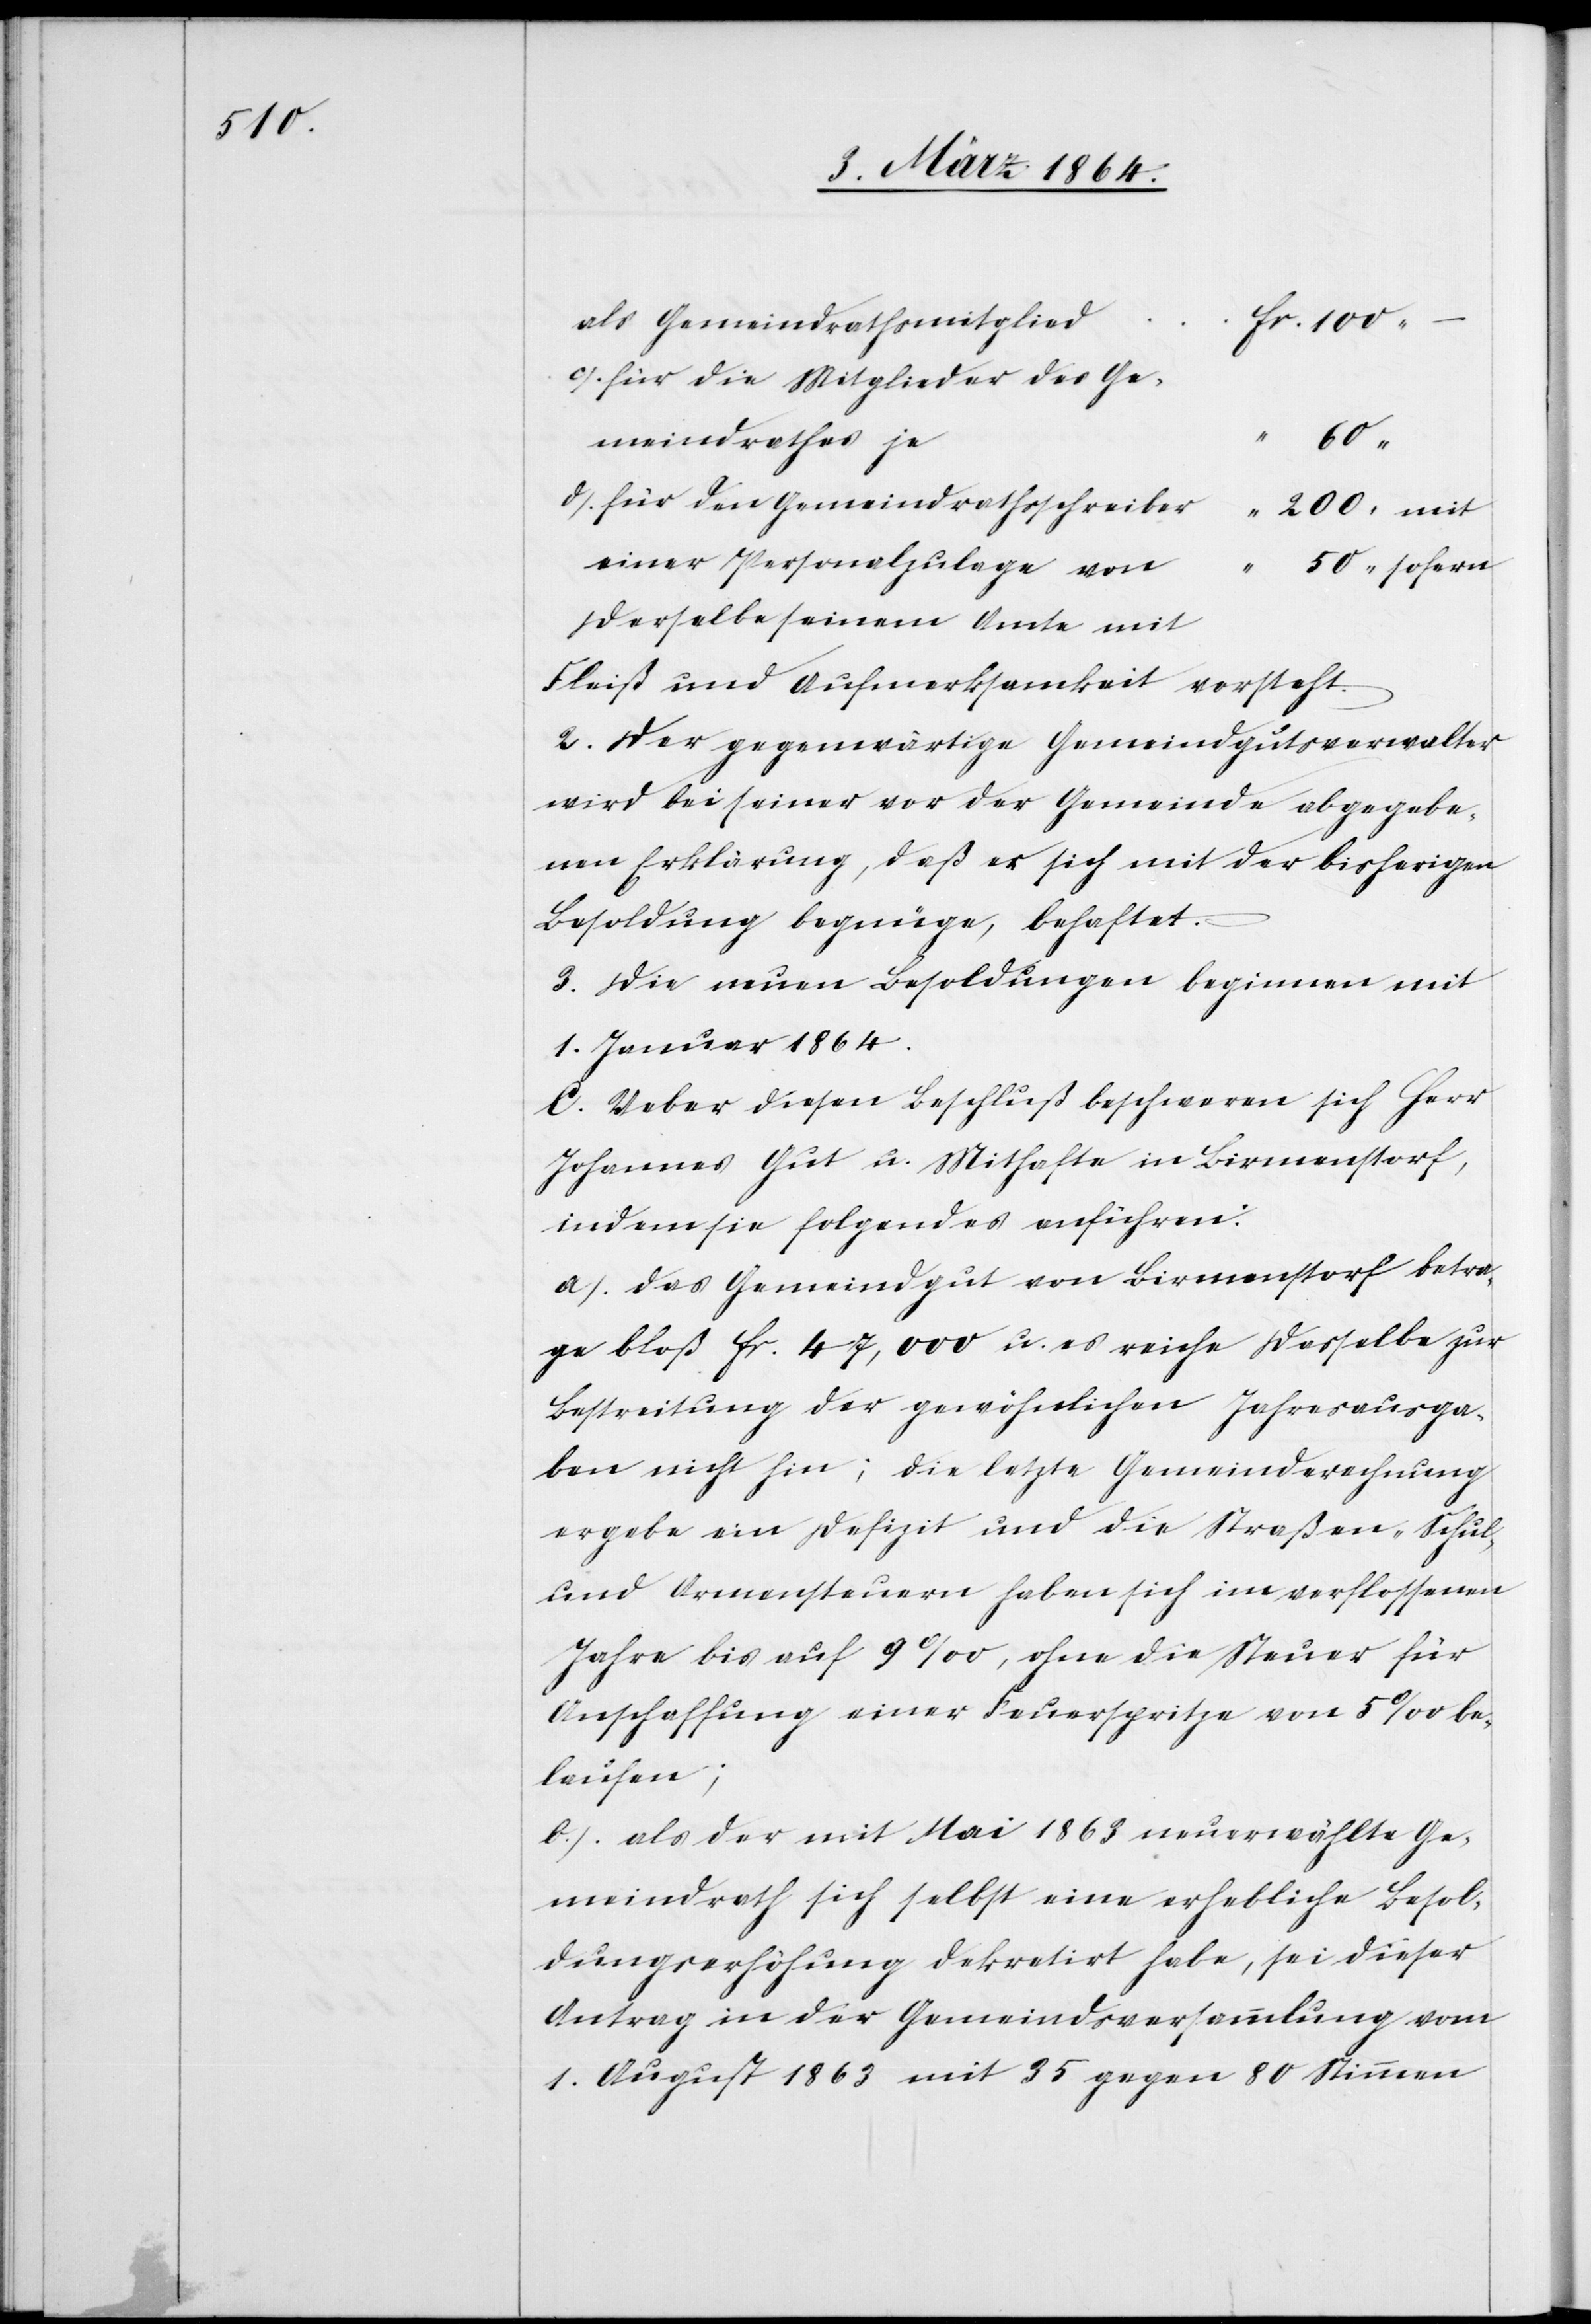
c.) für die Mitglieder des Ge¬
meindrathes
100
d.) für den Gemeindrathsschreiber				 “ 200 mit
einer Personalzulage von
“ 50 sofern
Fleiß und Aufmerksamkeit vorsteht.
2. Der gegenwärtige Gemeindgutsverwalter
wird bei seiner vor der Gemeinde abgegebe¬
nen Erklärung, daß er sich mit der bisherigen
Besoldung begnüge, behaftet.
3. Die neuen Besoldungen beginnen mit
1. Januar 1864.“
C. Ueber diesen Beschluß beschweren sich Herr
Johannes Gut u. Mithafte in Birmenstorf,
indem sie folgendes anführen:
a.) Das Gemeindgut von Birmenstorf betra¬
ge bloß fr. 47,000 u. es reiche dasselbe zur
Bestreitung der gewöhnlichen Jahresausga¬
ben nicht hin; die letzte Gemeinderechnung
ergebe ein Defizit und die Straßen-[,] Schul-
und Armensteuern haben sich im verflossenen
Jahre bis auf 9‰, ohne die Steuer für
Anschaffung einer Feuerspritze von 5‰ be¬
laufen;
b.) als der mit Mai 1863 neuerwählte Ge¬
meindrath sich selbst eine erhebliche Besol¬
dungserhöhung dekretirt habe, sei dieser
Antrag in der Gemeindsversammlung vom
1. August 1863 mit 35 gegen 80 Stimmen